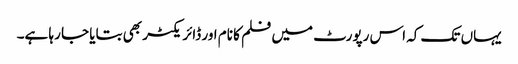
یہاں تک کہ اس رپورٹ میں فلم کا نام اور ڈائریکٹر بھی بتایا جا رہا ہے۔